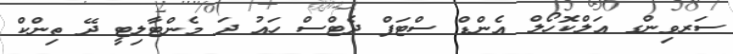
ސަރވިންގ އަލްކޮހޯލް އެންޑް ސްޓަފް ދެޓްސް ހައު ދަ މެންޓާލިޓީ ދޭ ތިންކް